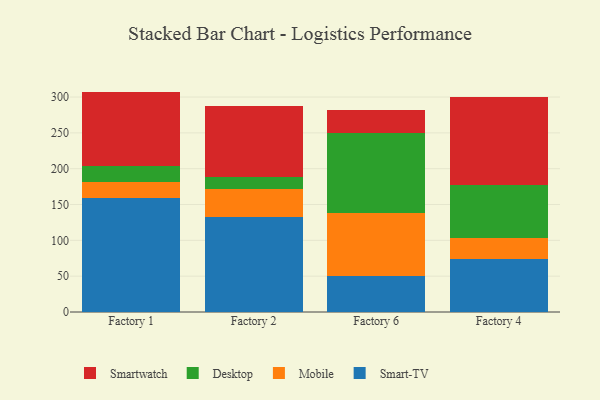
{"axis": {"x": "Factory", "y": "Gross Profit (USD K)"}, "legend": ["Desktop", "Mobile", "Smart-TV", "Smartwatch"], "data": [{"x": "Factory 1", "y": 159.6, "type": "Smart-TV"}, {"x": "Factory 1", "y": 21.5, "type": "Mobile"}, {"x": "Factory 1", "y": 22.9, "type": "Desktop"}, {"x": "Factory 1", "y": 103.6, "type": "Smartwatch"}, {"x": "Factory 2", "y": 132.7, "type": "Smart-TV"}, {"x": "Factory 2", "y": 39.4, "type": "Mobile"}, {"x": "Factory 2", "y": 17.0, "type": "Desktop"}, {"x": "Factory 2", "y": 98.3, "type": "Smartwatch"}, {"x": "Factory 6", "y": 50.4, "type": "Smart-TV"}, {"x": "Factory 6", "y": 88.0, "type": "Mobile"}, {"x": "Factory 6", "y": 111.9, "type": "Desktop"}, {"x": "Factory 6", "y": 32.2, "type": "Smartwatch"}, {"x": "Factory 4", "y": 74.2, "type": "Smart-TV"}, {"x": "Factory 4", "y": 29.2, "type": "Mobile"}, {"x": "Factory 4", "y": 74.2, "type": "Desktop"}, {"x": "Factory 4", "y": 122.2, "type": "Smartwatch"}]}